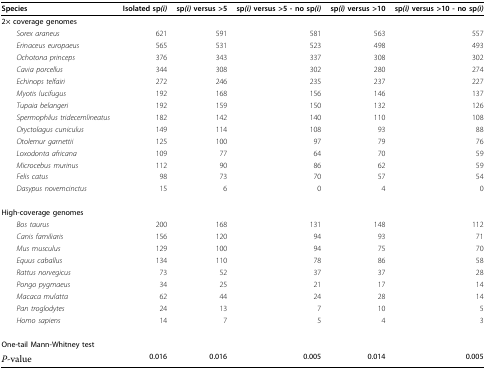
<table><thead><tr><td><b>Species</b></td><td><b>Isolated sp<i>(i)</i></b></td><td><b>sp<i>(i) </i>versus &gt;5</b></td><td><b>sp<i>(i) </i>versus &gt;5 - no sp<i>(i)</i></b></td><td><b>sp<i>(i) </i>versus &gt;10</b></td><td><b>sp<i>(i) </i>versus &gt;10 - no sp<i>(i)</i></b></td></tr></thead><tbody><tr><td>2× coverage genomes</td><td></td><td></td><td></td><td></td><td></td></tr><tr><td> <i>Sorex araneus</i></td><td>621</td><td>591</td><td>581</td><td>563</td><td>557</td></tr><tr><td> <i>Erinaceus europaeus</i></td><td>565</td><td>531</td><td>523</td><td>498</td><td>493</td></tr><tr><td> <i>Ochotona princeps</i></td><td>376</td><td>343</td><td>337</td><td>308</td><td>302</td></tr><tr><td> <i>Cavia porcellus</i></td><td>344</td><td>308</td><td>302</td><td>280</td><td>274</td></tr><tr><td> <i>Echinops telfairi</i></td><td>272</td><td>246</td><td>235</td><td>237</td><td>227</td></tr><tr><td> <i>Myotis lucifugus</i></td><td>192</td><td>168</td><td>156</td><td>146</td><td>137</td></tr><tr><td> <i>Tupaia belangeri</i></td><td>192</td><td>159</td><td>150</td><td>132</td><td>126</td></tr><tr><td> <i>Spermophilus tridecemlineatus</i></td><td>182</td><td>142</td><td>140</td><td>110</td><td>108</td></tr><tr><td> <i>Oryctolagus cuniculus</i></td><td>149</td><td>114</td><td>108</td><td>93</td><td>88</td></tr><tr><td> <i>Otolemur garnettii</i></td><td>125</td><td>100</td><td>97</td><td>79</td><td>76</td></tr><tr><td> <i>Loxodonta africana</i></td><td>109</td><td>77</td><td>64</td><td>70</td><td>59</td></tr><tr><td> <i>Microcebus murinus</i></td><td>112</td><td>90</td><td>86</td><td>62</td><td>59</td></tr><tr><td> <i>Felis catus</i></td><td>98</td><td>73</td><td>70</td><td>57</td><td>54</td></tr><tr><td> <i>Dasypus novemcinctus</i></td><td>15</td><td>6</td><td>0</td><td>4</td><td>0</td></tr><tr><td>High-coverage genomes</td><td></td><td></td><td></td><td></td><td></td></tr><tr><td> <i>Bos taurus</i></td><td>200</td><td>168</td><td>131</td><td>148</td><td>112</td></tr><tr><td> <i>Canis familiaris</i></td><td>156</td><td>120</td><td>94</td><td>93</td><td>71</td></tr><tr><td> <i>Mus musculus</i></td><td>129</td><td>100</td><td>94</td><td>75</td><td>70</td></tr><tr><td> <i>Equus caballus</i></td><td>134</td><td>110</td><td>78</td><td>86</td><td>58</td></tr><tr><td> <i>Rattus norvegicus</i></td><td>73</td><td>52</td><td>37</td><td>37</td><td>28</td></tr><tr><td> <i>Pongo pygmaeus</i></td><td>34</td><td>25</td><td>21</td><td>17</td><td>14</td></tr><tr><td> <i>Macaca mulatta</i></td><td>62</td><td>44</td><td>24</td><td>28</td><td>14</td></tr><tr><td> <i>Pan troglodytes</i></td><td>24</td><td>13</td><td>7</td><td>10</td><td>5</td></tr><tr><td> <i>Homo sapiens</i></td><td>14</td><td>7</td><td>5</td><td>4</td><td>3</td></tr><tr><td>One-tail Mann-Whitney test</td><td></td><td></td><td></td><td></td><td></td></tr><tr><td><i>P</i>-value</td><td>0.016</td><td>0.016</td><td>0.005</td><td>0.014</td><td>0.005</td></tr></tbody></table>